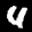
Label: 4